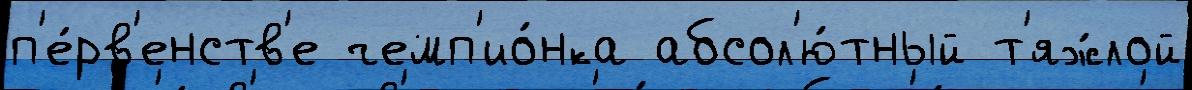
п'е́рв'енств'е чемп'ио́нка абсол'ю́тный т'яж́лой